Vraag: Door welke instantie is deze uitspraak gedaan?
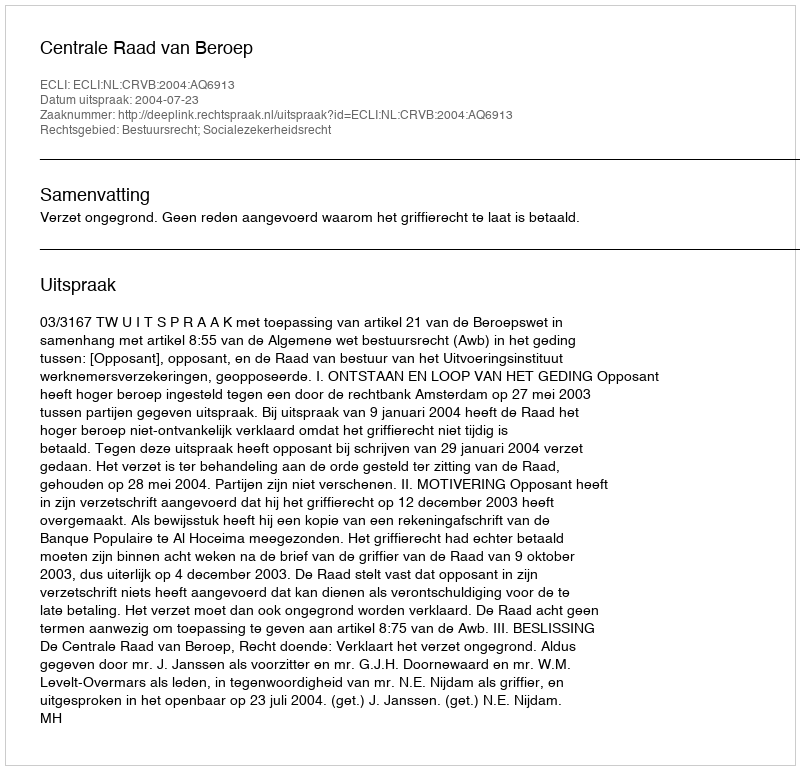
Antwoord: Centrale Raad van Beroep